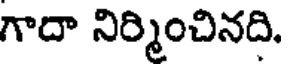
గాదా నిర్మించినది.